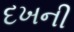
દખની